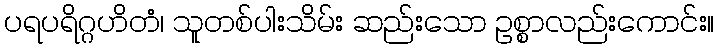
ပရပရိဂ္ဂဟိတံ၊ သူတစ်ပါးသိမ်း ဆည်းသော ဥစ္စာလည်းကောင်း။